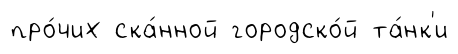
про́чих ска́нной городско́й та́нк'и